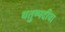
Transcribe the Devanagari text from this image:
चतुष्पदीचा